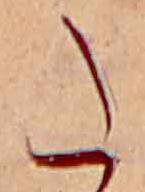
た